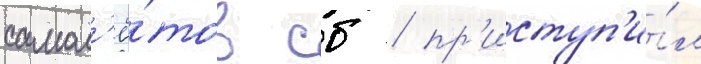
самол'ё́тов сб / пр'иступ'и́л